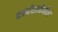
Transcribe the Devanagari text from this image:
कार्यशाळेतील